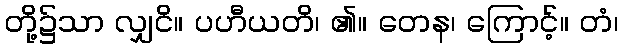
တို့၌သာ လျှငိ။ ပဟီယတိ၊ ၏။ တေန၊ ကြောင့်။ တံ၊